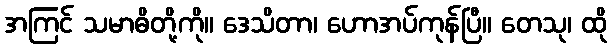
အကြင် သမာဓိတို့ကို။ ဒေသိတာ၊ ဟောအပ်ကုန်ပြီ။ တေသု၊ ထို